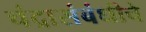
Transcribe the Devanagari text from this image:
चंद्रासंबंधीचे